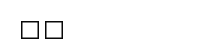
١٨